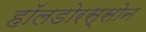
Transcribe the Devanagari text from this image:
हॉलडोरस्सोन